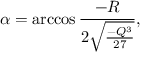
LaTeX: \alpha = \operatorname { a r c c o s } \frac { - R } { 2 \sqrt { \frac { - Q ^ { 3 } } { 2 7 } } } ,